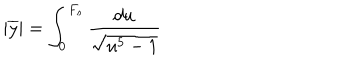
| \overline { { { y } } } | = \int _ { 0 } ^ { F _ { s } } \frac { d u } { \sqrt { u ^ { 5 } - 1 } }